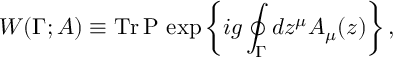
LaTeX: W ( \Gamma ; A ) \equiv \mathrm { T r \, } \mathrm { P \, } \exp \left\{ i g \oint _ { \Gamma } d z ^ { \mu } A _ { \mu } ( z ) \right\} ,